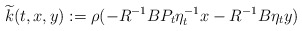
\begin{align*} \widetilde k(t,x,y):=\rho(-R^{-1}BP_t\eta_t^{-1}x-R^{-1}B\eta_t y)\quad \end{align*}